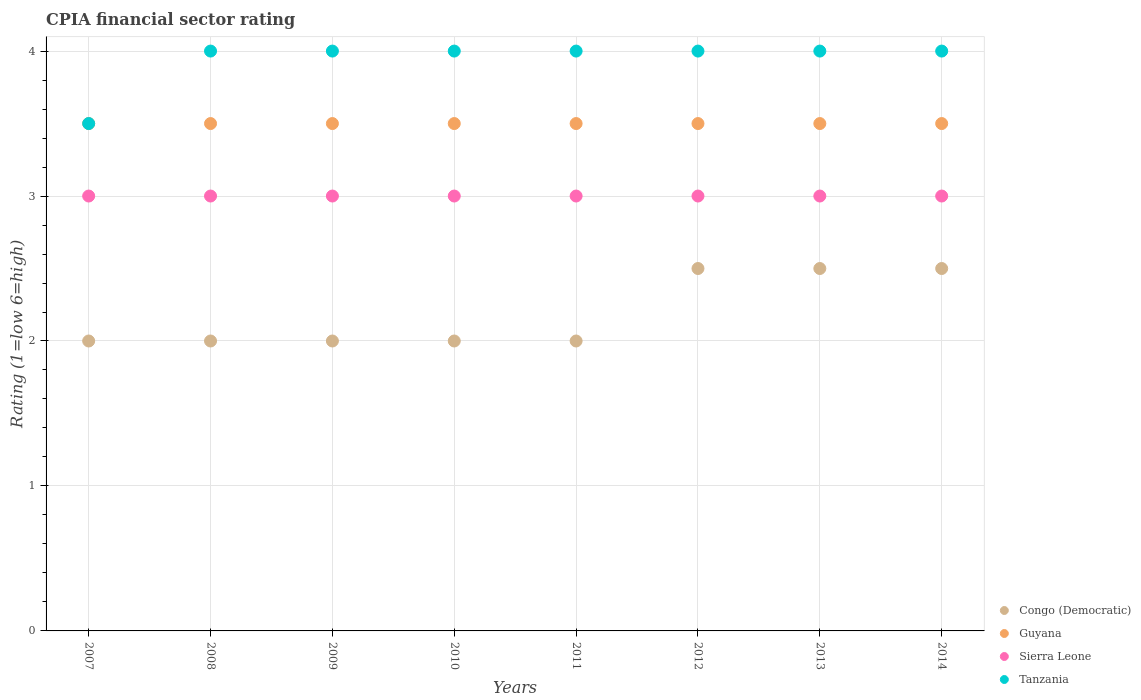
| Years | Congo (Democratic) | Guyana | Sierra Leone | Tanzania |
 | --- | --- | --- | --- | --- |
 | 2007 | 2 | 3.5 | 3 | 3.5 |
 | 2008 | 2 | 3.5 | 3 | 4 |
 | 2009 | 2 | 3.5 | 3 | 4 |
 | 2010 | 2 | 3.5 | 3 | 4 |
 | 2011 | 2 | 3.5 | 3 | 4 |
 | 2012 | 2.5 | 3.5 | 3 | 4 |
 | 2013 | 2.5 | 3.5 | 3 | 4 |
 | 2014 | 2.5 | 3.5 | 3 | 4 |